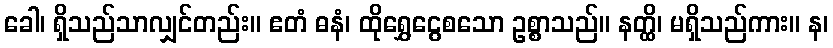
ခေါ၊ ရှိသည်သာလျှင်တည်း။ ဧတံ ဓနံ၊ ထိုရွှေငွေစသော ဥစ္စာသည်။ နတ္ထိ၊ မရှိသည်ကား။ န၊